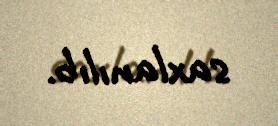
saxlanılıb.